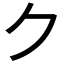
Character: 𠂊